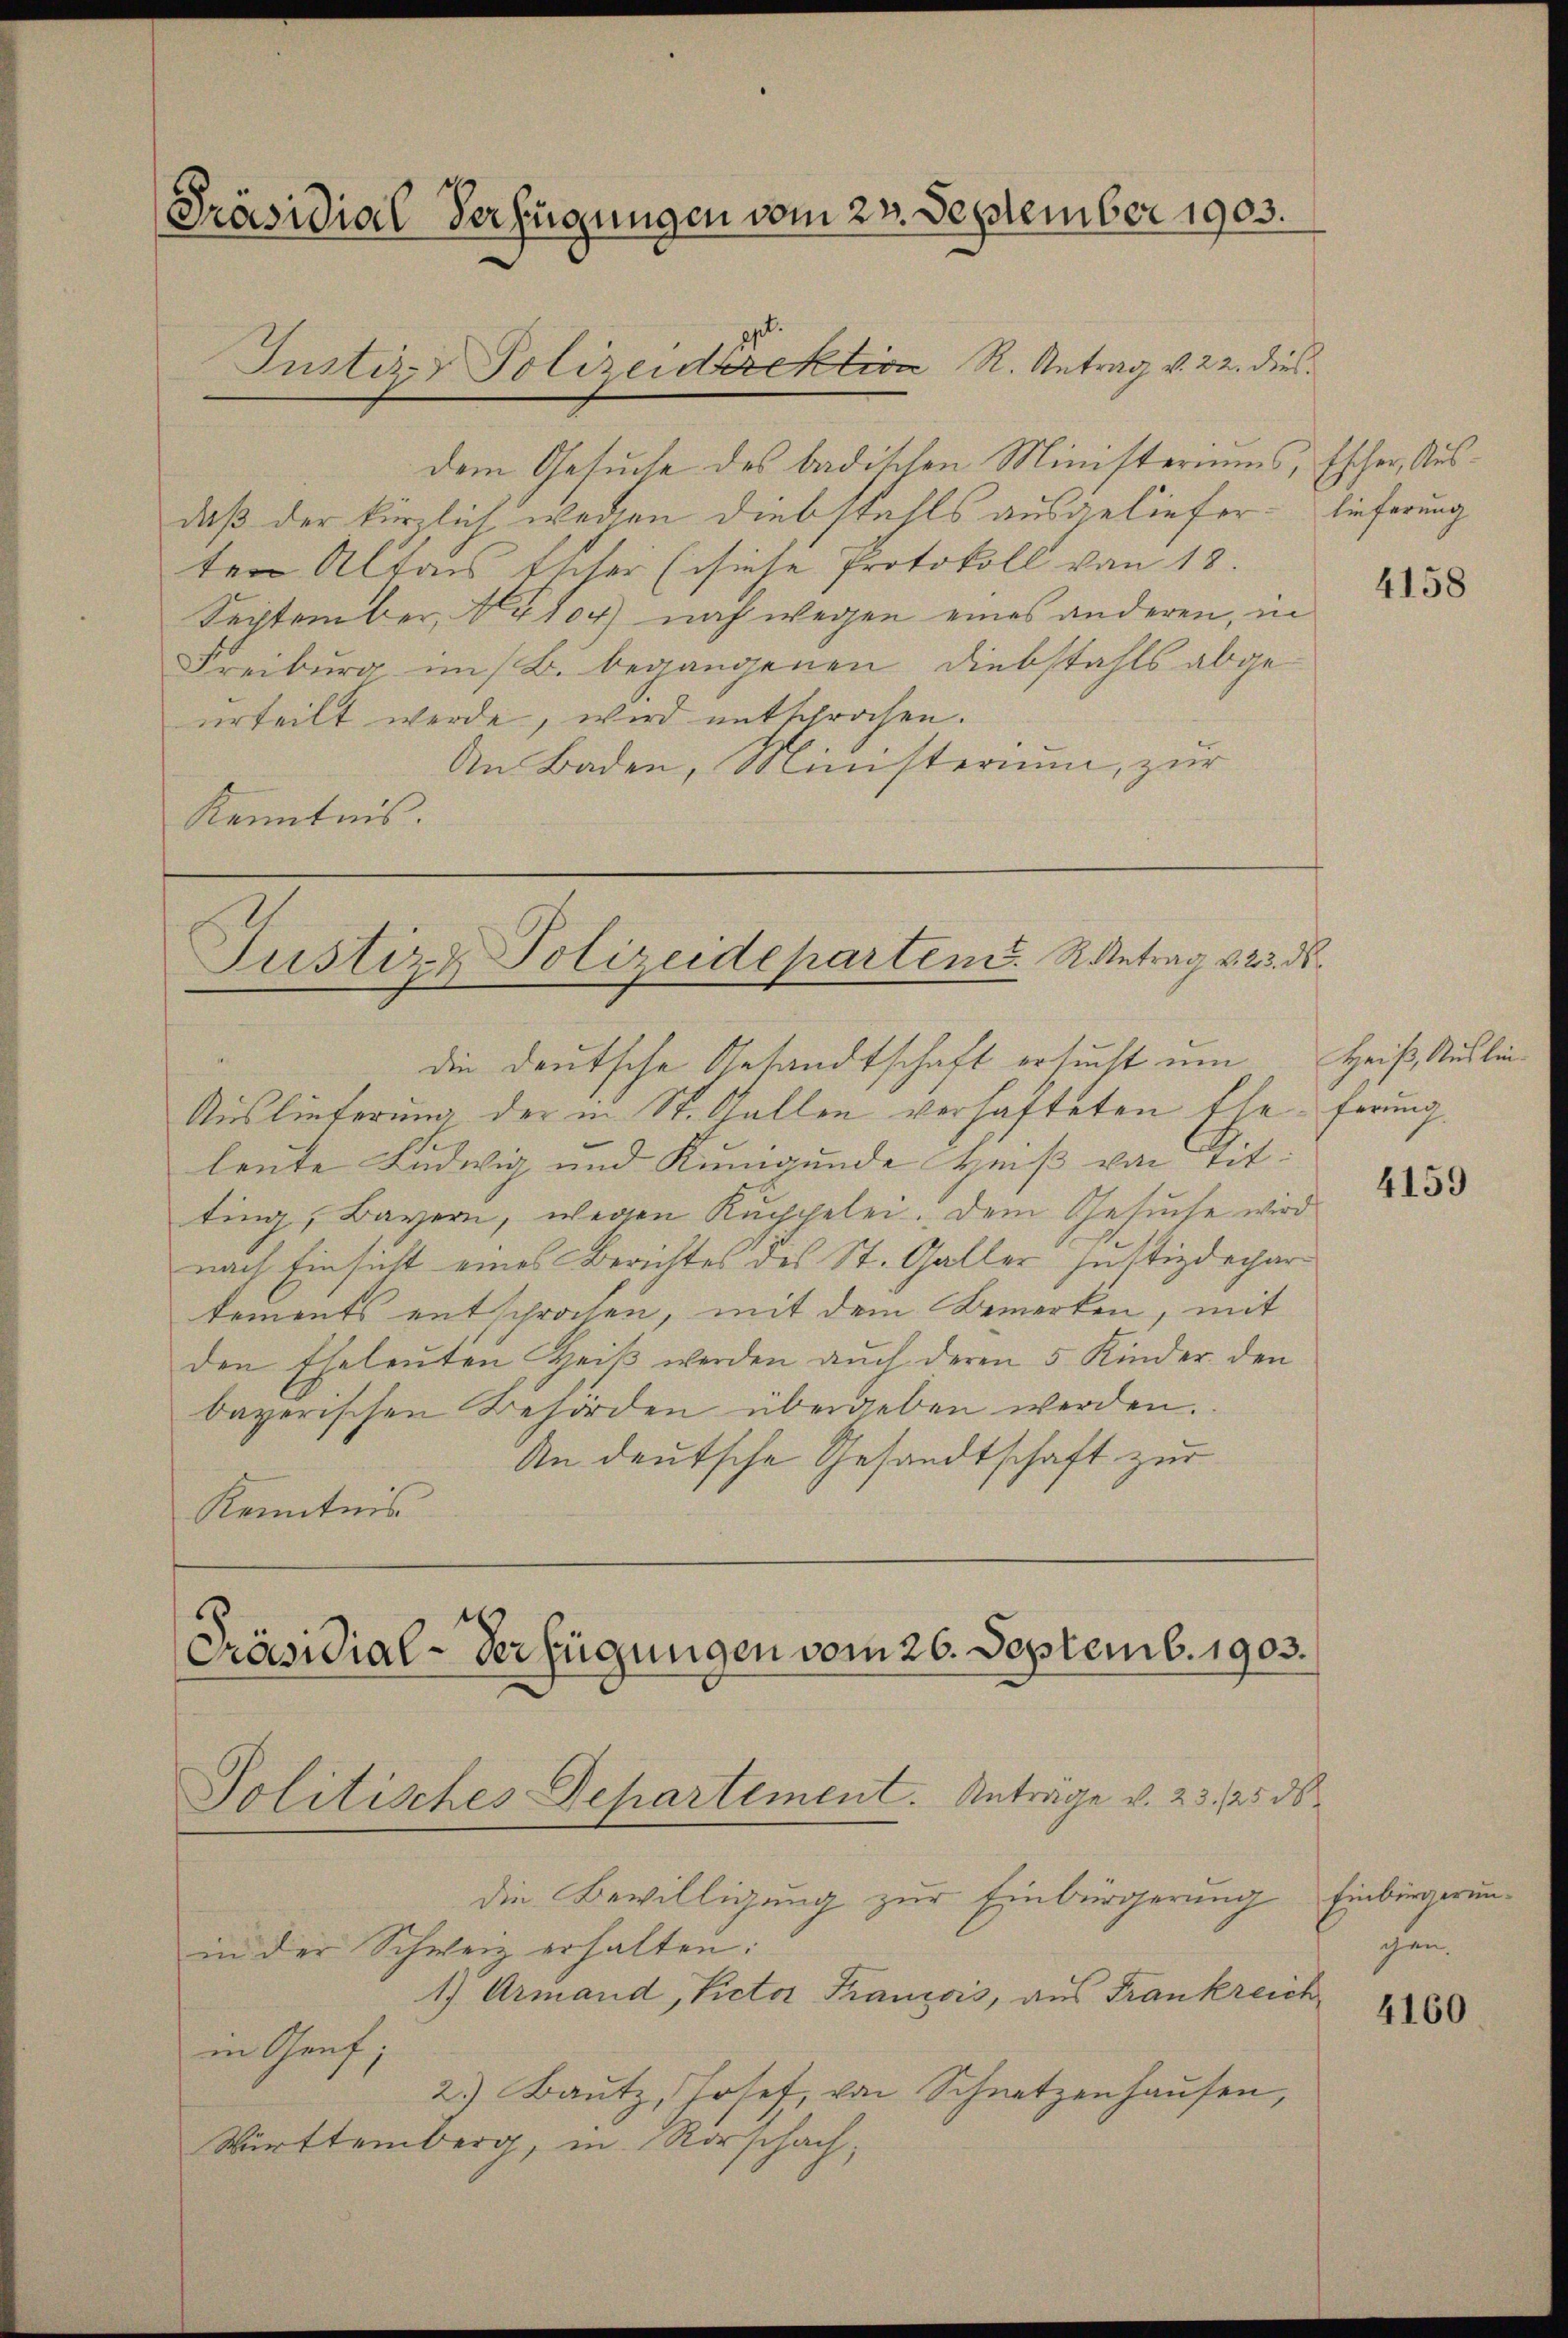
Präsidial-Verfügungen vom 23. September 1903.
Justiz- Polizeidirektion R. Antrag v. 22. dies

in Graf,

dem Gesuche des badischen Ministeriums,
daß der kürzlich wegen Diebstahls ausgeliefer
ten Altaus Escher (siese Protokoll von 18.
September, 4104) noch wegen eines anderen, in
Freiburg im B. begangenen Diebstahls abgeurteilt werde, wird entsprochen.
An Baden, Ministerium, zur
Kenntnis.

Justiz- Polizeidepartem Antrag v. 23. ds.

Präsidial-Verfügungen vom 26. Septemb. 1903.
Politisches Departement. Anträge v. 23. 25. ds.

die deutsche Gesandtschaft ersucht um
Auslieferung der in St. Gallen verhafteten Ehe-ferung.
leute Ludwig und Kunigunde Heiß von Tit.
ting, Bayern, wegen Kuchpelei. Dem Gesuche wird
nach Einsicht eines Berichtes des St. Galler Hüttigdechar
kements entschrochen, mit dem Bemerken, mit
den Eheleuten Heiß werden auch deren 5 Kinder den
bayerischen Behörden übergeben werden.
An deutsche Gesandtschaft zur
Kenntnis

die Bewilligung zur Einbürgerung
in der Schweiz erhalten:
1) Armand, Victor Francois, aus Frankreich
2.) Baŭtz Josef, von Schnetzenhaŭsen,
Württemberg, in Rorschach,

Eschen Aus-
lieferung

4158

Heiß, Auslie¬

4159

Einbürgerungen.

4160